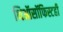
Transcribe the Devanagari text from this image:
थिऑसॉफिस्टही